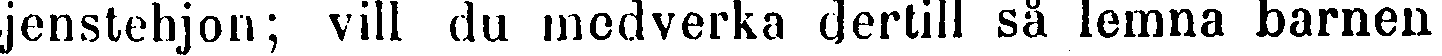
jenstehjon; vill du medverka dertill så lemna barnen